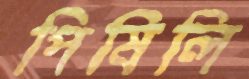
পিষিলি